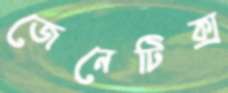
জেনেটিক্স